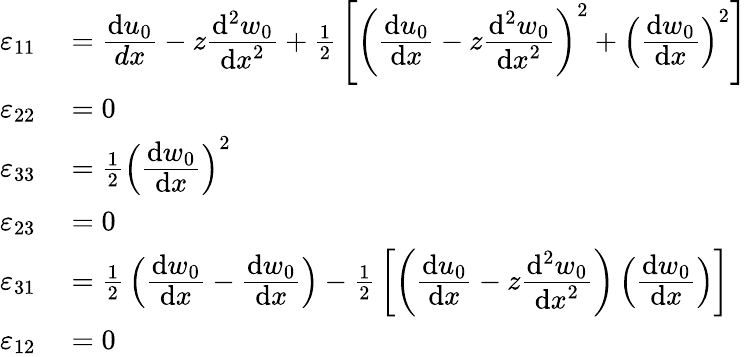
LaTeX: \begin{array}{rl}{\varepsilon_{11}}&{{}={\cfrac{\mathrm{d}u_{0}}{dx}}-z{\cfrac{\mathrm{d}^{2}w_{0}}{\mathrm{d}x^{2}}}+{\frac{1}{2}}\left[\left({\cfrac{\mathrm{d}u_{0}}{\mathrm{d}x}}-z{\cfrac{\mathrm{d}^{2}w_{0}}{\mathrm{d}x^{2}}}\right)^{2}+\left({\cfrac{\mathrm{d}w_{0}}{\mathrm{d}x}}\right)^{2}\right]}\\ {\varepsilon_{22}}&{{}=0}\\ {\varepsilon_{33}}&{{}={\frac{1}{2}}\left({\cfrac{\mathrm{d}w_{0}}{\mathrm{d}x}}\right)^{2}}\\ {\varepsilon_{23}}&{{}=0}\\ {\varepsilon_{31}}&{{}={\frac{1}{2}}\left({\cfrac{\mathrm{d}w_{0}}{\mathrm{d}x}}-{\cfrac{\mathrm{d}w_{0}}{\mathrm{d}x}}\right)-{\frac{1}{2}}\left[\left({\cfrac{\mathrm{d}u_{0}}{\mathrm{d}x}}-z{\cfrac{\mathrm{d}^{2}w_{0}}{\mathrm{d}x^{2}}}\right)\left({\cfrac{\mathrm{d}w_{0}}{\mathrm{d}x}}\right)\right]}\\ {\varepsilon_{12}}&{{}=0}\end{array}